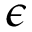
\epsilon